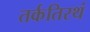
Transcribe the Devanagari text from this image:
तर्कतिरथं